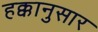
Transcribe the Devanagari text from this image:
हक्कानुसार